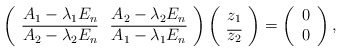
\begin{align*}\left(\begin{array}{cc}A_1-\lambda_1 E_n &A_2-\lambda_2 E_n \\\overline{A_2-\lambda_2 E_n}&\overline{A_1-\lambda_1 E_n} \\\end{array}\right)\left(\begin{array}{c}z_1 \\\overline{z_2} \\\end{array}\right)=\left(\begin{array}{c}0 \\0 \\\end{array}\right),\end{align*}